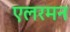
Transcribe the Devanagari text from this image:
एलरमन